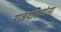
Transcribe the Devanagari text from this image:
राजवाड्यांना